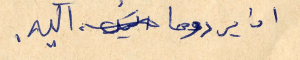
ان يردوها اليه.